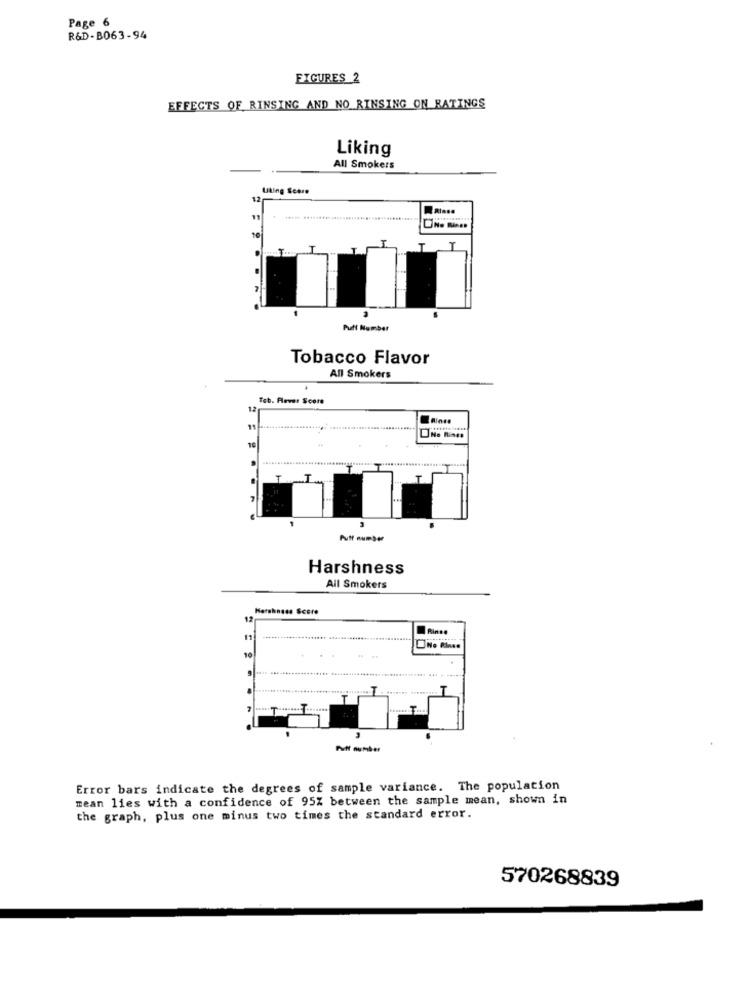
Page 6
R&D-B063-94
FIGURES 2
EFFECTS OF RINSING AND NO RINSING ON RATINGS
Liking
All Smokers
Uting Score
10
Puff Number
Tobacco Flavor
All Smokers
Tab. Plever Score
12
11
10
No Rines
Puff number
Harshness
All Smokers
Harshness Score
12
11
10
Puff number
Error bars indicate the degrees of sample variance. The population
mean lies with a confidence of 95% between the sample mean, shown in
the graph, plus one minus two times the standard error.
570268839